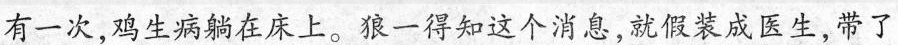
有一次，鸡生病躺在床上。狼一得知这个消息，就假装成医生，带了